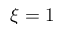
\xi = 1